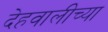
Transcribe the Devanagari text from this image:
देहवालीच्या